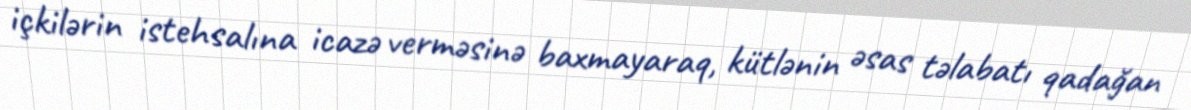
içkilərin istehsalına icazə verməsinə baxmayaraq, kütlənin əsas təlabatı qadağan